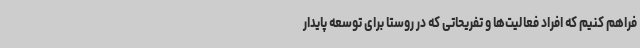
فراهم کنیم که افراد فعالیت‌ها و تفریحاتی که در روستا برای توسعه پایدار